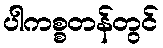
ပါကစ္စတန်တွင်